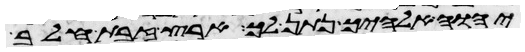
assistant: יהוה אלהיך נתן לך ארץ זבת חלב